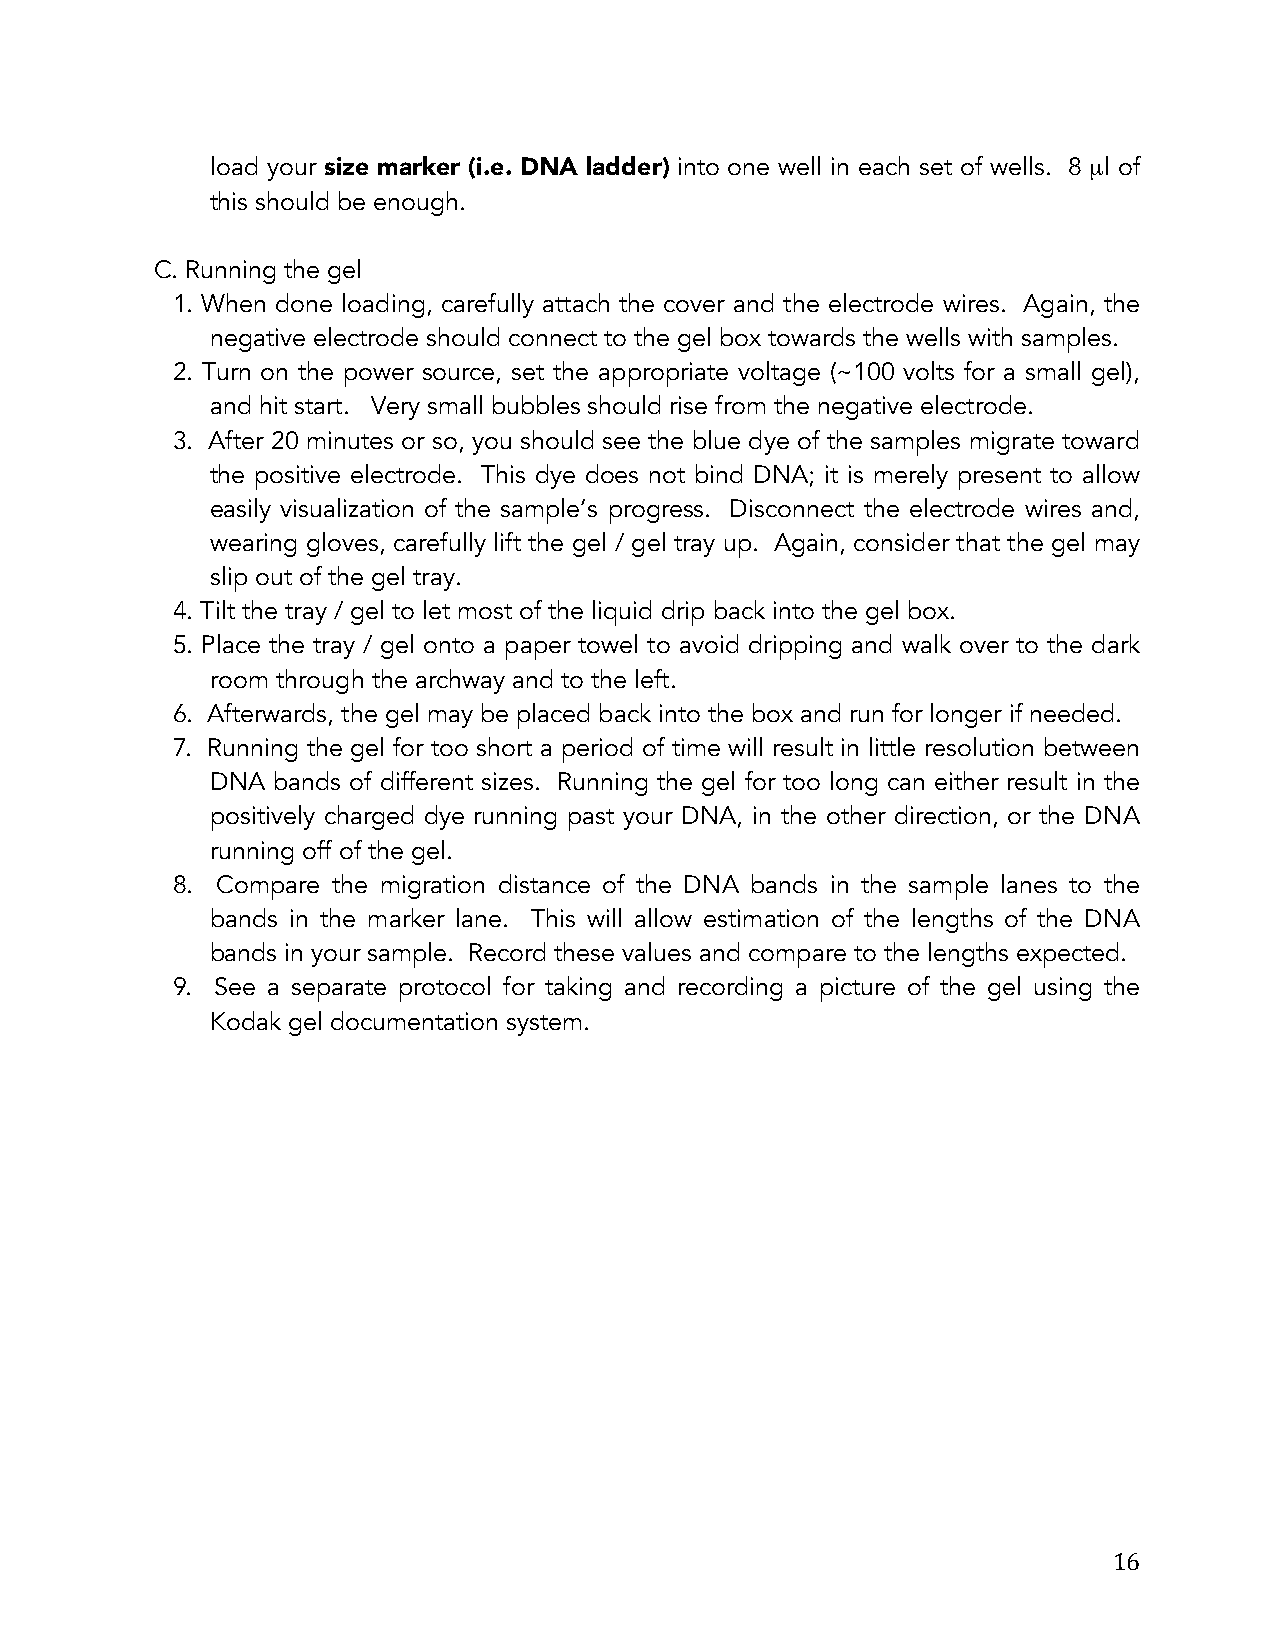
load your size marker (i.e. DNA ladder) into one well in each set of wells. 8 µl of
 this should be enough.
 C. Running the gel
 1. When done loading, carefully attach the cover and the electrode wires. Again, the
 negative electrode should connect to the gel box towards the wells with samples.
 2. Turn on the power source, set the appropriate voltage (~100 volts for a small gel),
 and hit start. Very small bubbles should rise from the negative electrode.
 3. After 20 minutes or so, you should see the blue dye of the samples migrate toward
 the positive electrode. This dye does not bind DNA; it is merely present to allow
 easily visualization of the sample’s progress. Disconnect the electrode wires and,
 wearing gloves, carefully lift the gel / gel tray up. Again, consider that the gel may
 slip out of the gel tray.
 4. Tilt the tray / gel to let most of the liquid drip back into the gel box.
 5. Place the tray / gel onto a paper towel to avoid dripping and walk over to the dark
 room through the archway and to the left.
 6. Afterwards, the gel may be placed back into the box and run for longer if needed.
 7. Running the gel for too short a period of time will result in little resolution between
 DNA bands of different sizes. Running the gel for too long can either result in the
 positively charged dye running past your DNA, in the other direction, or the DNA
 running off of the gel.
 8. Compare the migration distance of the DNA bands in the sample lanes to the
 bands in the marker lane. This will allow estimation of the lengths of the DNA
 bands in your sample. Record these values and compare to the lengths expected.
 9. See a separate protocol for taking and recording a picture of the gel using the
 Kodak gel documentation system.
 16